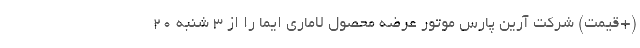
(+قیمت) شرکت آرین پارس موتور عرضه محصول لاماری ایما را از 3 شنبه 20